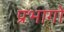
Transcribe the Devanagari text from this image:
प्रभागो